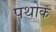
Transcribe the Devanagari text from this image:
पथोक